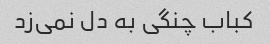
کباب چنگی به دل نمی‌زد